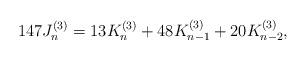
LaTeX: \begin{align*}147J_{n}^{(3)}=13K_{n}^{(3)}+48K_{n-1}^{(3)}+20K_{n-2}^{(3)},\end{align*}